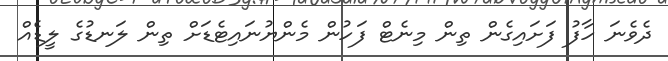
ދެވެނަ ހާފު ފަށައިގެން ތިން މިނެޓް ފަހުން މެންޔުނައިޓެޑަށް ތިން ލަނޑުގެ ލީޑެއް